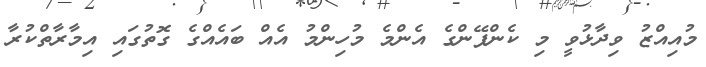
މުއިއްޒު ވިދާޅުވީ މި ކެންޕޭންގެ އެންމެ މުހިންމު އެއް ބައެއްގެ ގޮތުގައި އިމާރާތްކުރާ